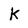
Character: k